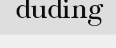
duding